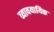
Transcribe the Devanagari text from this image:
व्यावयायिक